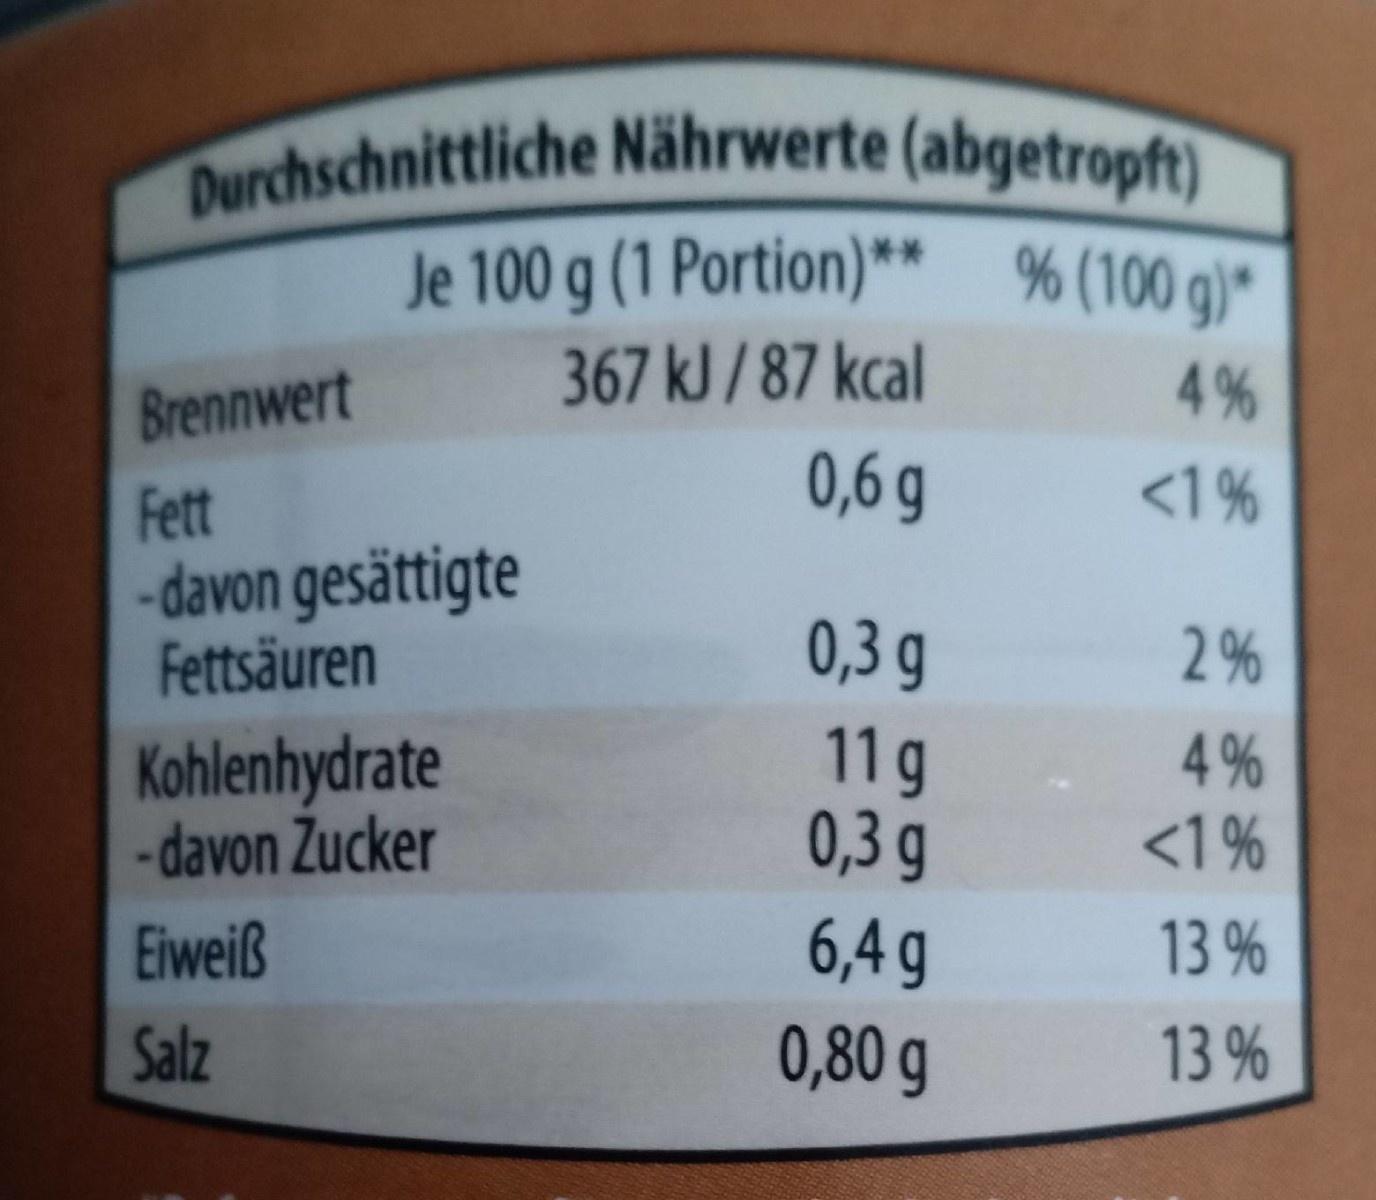
Durchschnittliche Nährwerte (abgetropft) Je 100 g (1 Portion)** % (100 g)*
367 kJ / 87 kcal
4%
Brennwert
0,6 g
<1%
Fett -davon gesättigte Fettsäuren
0,3 g
2%
Kohlenhydrate -davon Zucker
11g 0,3 g
4% <1%
6,4 g 0,80 g
Eiweiß
13 %
Salz
13 %